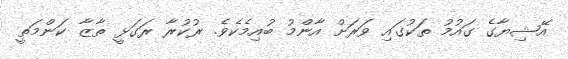
އޭޝިޔާގެ ގައުމު ތަކުގައި ވަރަށް އާންމު ބުއިމެކެވެ. ރުކުރާ ރަގަޅީ ތާޒާ ކަންމަތީ